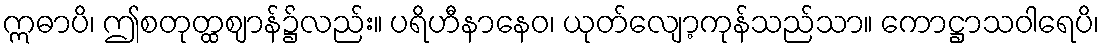
ဣဓာပိ၊ ဤစတုတ္ထဈာန်၌လည်း။ ပရိဟီနာနေဝ၊ ယုတ်လျော့ကုန်သည်သာ။ ကောဋ္ဌာသဝါရေပိ၊